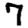
Digit: 7